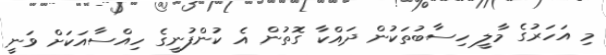
މި އަހަރުގެ މާލީ ހިސާބުތަކުން ދައްކާ ގޮތުން އެ ކުންފުނީގެ ހިއްސާއަކަށް ވަނީ